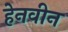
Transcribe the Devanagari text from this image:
हेनवीन